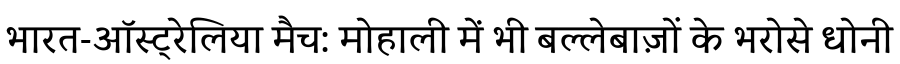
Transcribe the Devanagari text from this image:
भारत-ऑस्ट्रेलिया मैच: मोहाली में भी बल्लेबाज़ों के भरोसे धोनी